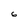
Character: 6